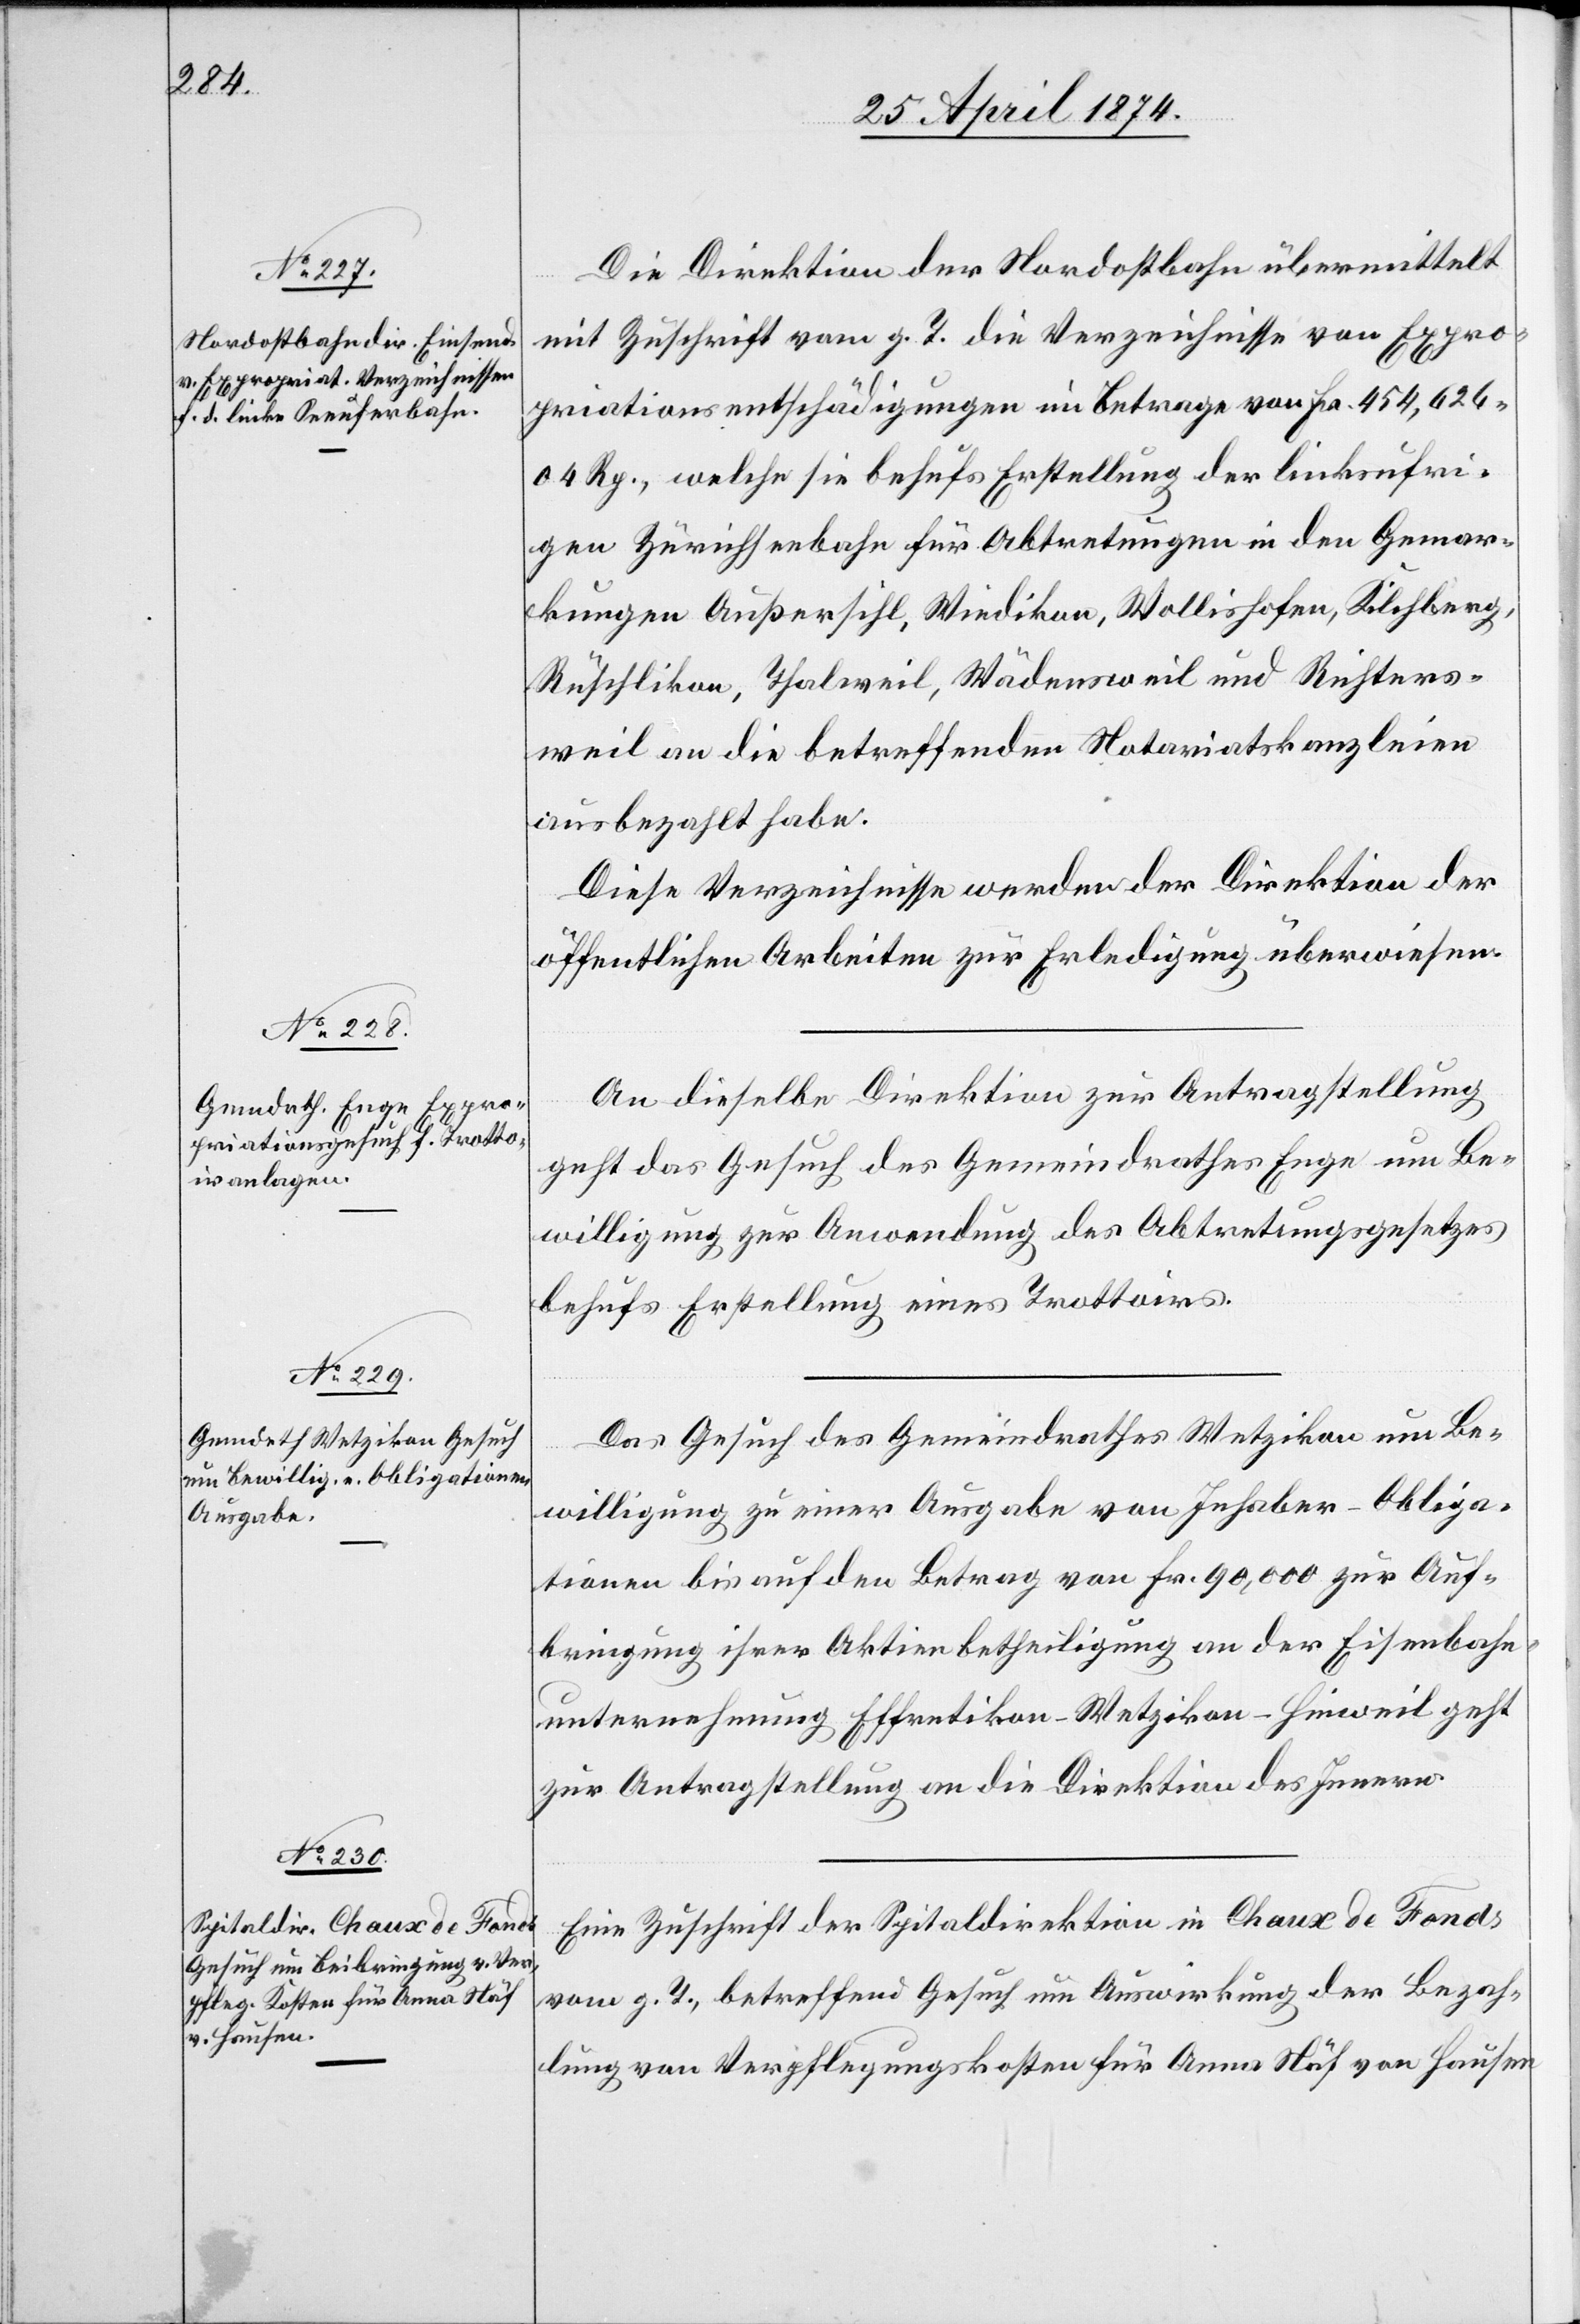
29. April 1874.]
Die Direktion der Nordostbahn übermittelt
mit Zuschrift vom g. T. die Verzeichnisse von Expro¬
priationsentschädigungen im Betrage von Fr. 454,626.04
Rp., welche sie behufs Erstellung der linksufri¬
gen Zürichseebahn für Abtretungen in den Gemar¬
kungen Außersihl, Wiedikon, Wollishofen, Kilchberg,
Rüschlikon, Thalweil, Wädensweil und Richters¬
weil an die betreffenden Notariatskanzleien
ausbezahlt habe.
Diese Verzeichnisse werden der Direktion der
öffentlichen Arbeiten zur Erledigung überwiesen.
An dieselbe Direktion zur Antragstellung
geht das Gesuch des Gemeindrathes Enge um Be¬
willigung zur Anwendung des Abtretungsgesetzes
behufs Erstellung eines Trottoirs.
Das Gesuch des Gemeindrathes Wetzikon um Be¬
willigung zu einer Ausgabe von Inhaber-Obliga¬
tionen bis auf den Betrag von Fr. 90,000 zur Auf¬
bringung ihrer Aktienbetheiligung an der Eisenbahn¬
unternehmung Effretikon-Wetzikon-Hinweil geht
zur Antragstellung an die Direktion des Innern.
Eine Zuschrift der Spitaldirektion in Chaux de Fonds
vom g. T., betreffend Gesuch um Auswirkung der Bezah¬
lung von Verpflegungskosten für Anna Näf von Hausen